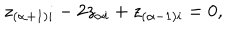
z _ { ( \alpha + 1 ) i } - 2 z _ { \alpha i } + z _ { ( \alpha - 1 ) i } = 0 ,